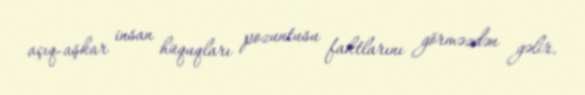
açıq-aşkar insan hüquqları pozuntusu faktlarını görməzdən gəlir.